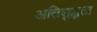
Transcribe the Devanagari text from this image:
अतिशुद्धता